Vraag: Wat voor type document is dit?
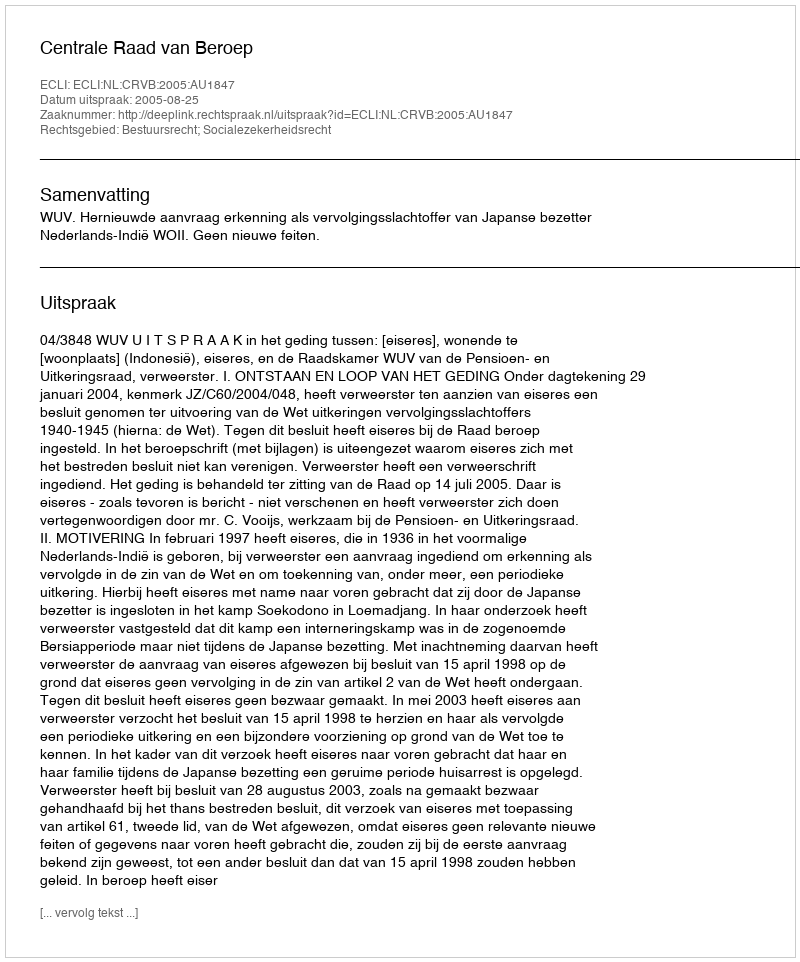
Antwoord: Uitspraak